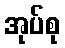
အုပ်စု